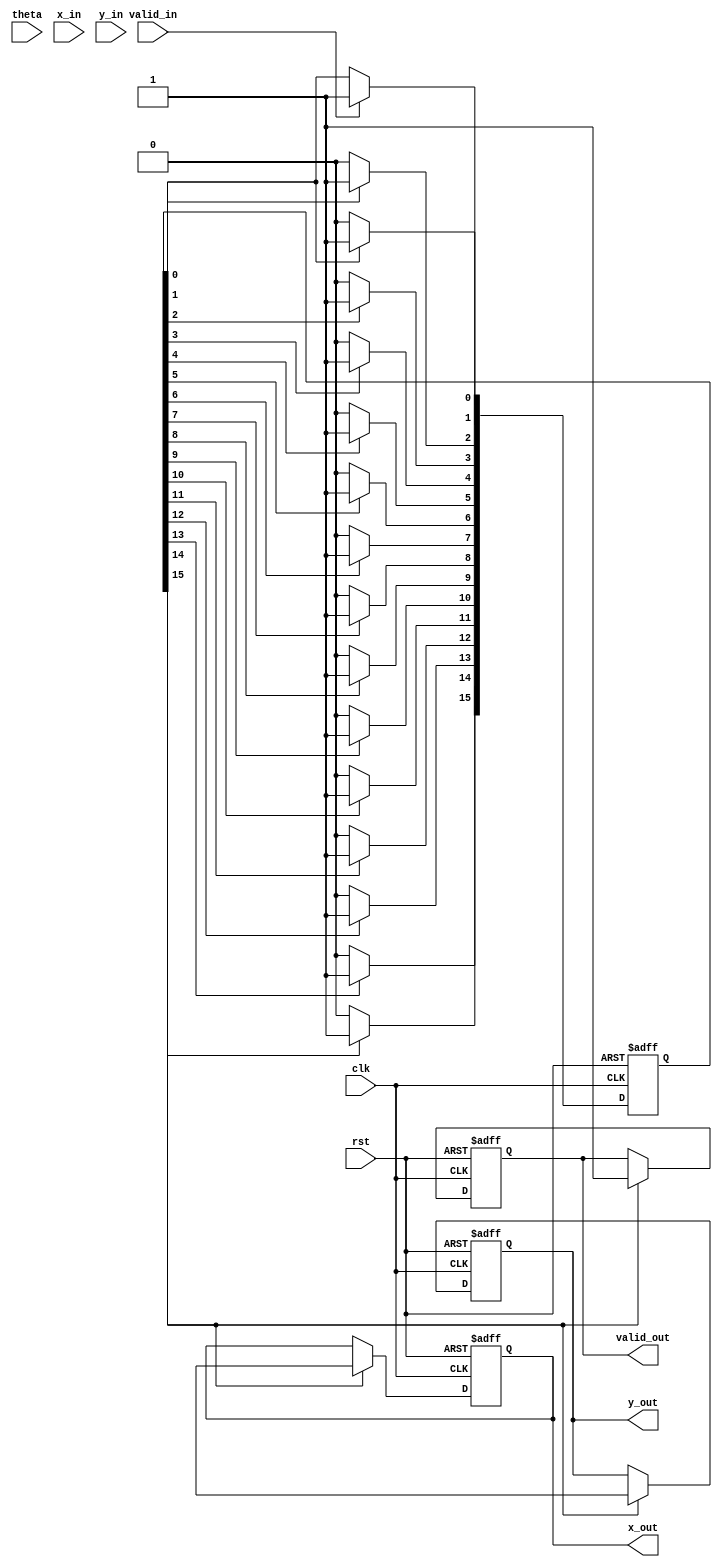
module Pipeline_CORDIC (
    input clk,
    input rst,
    input valid_in,
    input signed [15:0] theta, // Angle input (fixed-point representation)
    input signed [15:0] x_in,   // Initial x coordinate
    input signed [15:0] y_in,   // Initial y coordinate
    output reg valid_out,
    output reg signed [15:0] x_out, // Final x coordinate
    output reg signed [15:0] y_out  // Final y coordinate
);

    // Parameters
    parameter NUM_STAGES = 16;
    parameter ANGLE_WIDTH = 16;
    
    // CORDIC rotation angles (fixed-point representation)
    reg signed [ANGLE_WIDTH-1:0] angle_table [0:NUM_STAGES-1];
    
    // Initialize angle lookup table
    initial begin
        angle_table[0] = 16'h26DD; // atan(1) in fixed-point
        angle_table[1] = 16'h1C71; // atan(0.5)
        angle_table[2] = 16'h14B0; // atan(0.25)
        // ... populate remaining angles
        angle_table[NUM_STAGES-1] = 16'h0000; // atan(0)
    end
    
    // Pipeline registers for x, y, and theta
    reg signed [15:0] x_reg [0:NUM_STAGES-1];
    reg signed [15:0] y_reg [0:NUM_STAGES-1];
    reg signed [15:0] theta_reg [0:NUM_STAGES-1];

    // Control signals
    reg [NUM_STAGES-1:0] valid_pipeline;

    // CORDIC computation
    integer i;
    always @(posedge clk or posedge rst) begin
        if (rst) begin
            valid_out <= 0;
            x_out <= 0;
            y_out <= 0;
            for (i = 0; i < NUM_STAGES; i = i + 1) begin
                x_reg[i] <= 0;
                y_reg[i] <= 0;
                theta_reg[i] <= 0;
            end
            valid_pipeline <= 0;
        end else begin
            // Shift pipeline registers
            for (i = NUM_STAGES-1; i > 0; i = i - 1) begin
                x_reg[i] <= x_reg[i-1];
                y_reg[i] <= y_reg[i-1];
                theta_reg[i] <= theta_reg[i-1];
                valid_pipeline[i] <= valid_pipeline[i-1];
            end
            
            // Input stage
            if (valid_in) begin
                x_reg[0] <= x_in;
                y_reg[0] <= y_in;
                theta_reg[0] <= theta;
                valid_pipeline[0] <= 1;
            end
            
            // CORDIC stage computations
            for (i = 0; i < NUM_STAGES; i = i + 1) begin
                if (valid_pipeline[i]) begin
                    // Perform rotation
                    if (theta_reg[i] < 0) begin
                        x_reg[i+1] <= x_reg[i] + (y_reg[i] >>> i);
                        y_reg[i+1] <= y_reg[i] - (x_reg[i] >>> i);
                        theta_reg[i+1] <= theta_reg[i] + angle_table[i];
                    end else begin
                        x_reg[i+1] <= x_reg[i] - (y_reg[i] >>> i);
                        y_reg[i+1] <= y_reg[i] + (x_reg[i] >>> i);
                        theta_reg[i+1] <= theta_reg[i] - angle_table[i];
                    end
                    valid_pipeline[i+1] <= 1;
                end
            end
            
            // Final output stage
            if (valid_pipeline[NUM_STAGES-1]) begin
                x_out <= x_reg[NUM_STAGES];
                y_out <= y_reg[NUM_STAGES];
                valid_out <= 1;
            end
        end
    end

endmodule